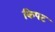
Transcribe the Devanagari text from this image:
किपट